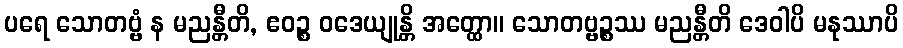
ပရေ သောတဗ္ဗံ န မညန္တီတိ, ဧဝဉ္စ ဝဒေယျုန္တိ အတ္ထော။ သောတဗ္ဗဉ္စဿ မညန္တီတိ ဒေဝါပိ မနုဿာပိ